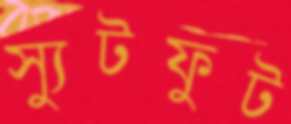
স্যুটফুট